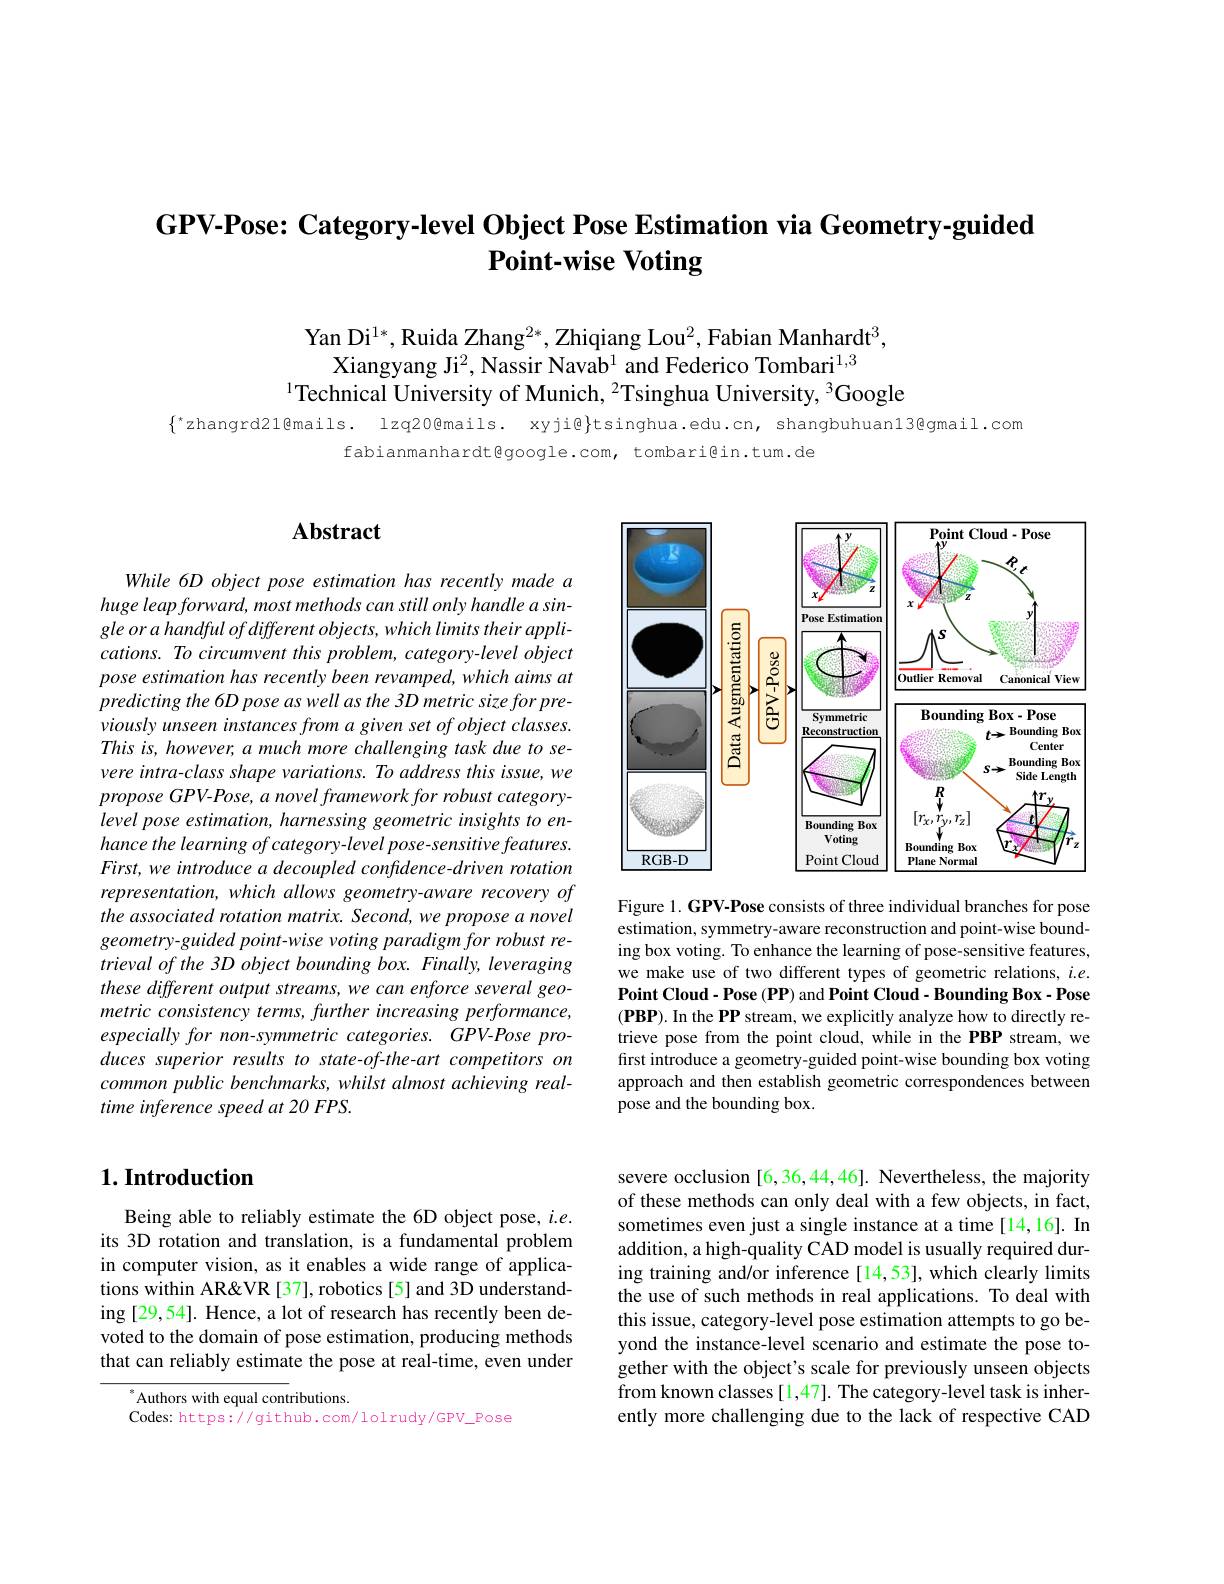
# GPV-Pose: Category-level Object Pose Estimation via Geometry-guided Point-wise Voting

Yan Di$^{1*}$,Ruida Zhang$^2*$,Zhiqiang Lou$^2$,Fabian Manhardt$^3$
Xiangyang Ji$^2$, Nassir Navab$^1$ and Federico Tombari$^{1,3}$
$^{1}$Technical University of Munich, $^2$Tsinghua University, $^3$Google

$\{^*$zhangrd21@mails. lzq20@mails. xyji@}tsinghua.edu.cn, shangbuhuan13@gmail.cor
fabianmanhardt@google.com, tombari@in.tum.de

# $\mathbf{Abstract}$

While 6D object pose estimation has recently made a huge leap forward, most methods can still only handle a sin- $gleorahandfulofdifferentobjects,whichlimitstheirappli-$ $cations.Tocircumventthisproblem,category-levelobject$ pose estimation has recently been revamped, which aims at predicting the 6D pose as well as the 3D metric size for previously unseen instances from a given set of object classes. This is, however, a much more challenging task due to severe intra-class shape variations. To address this issue, we propose GPV-Pose, a novel framework for robust categorylevel pose estimation, harnessing geometric insights to enhance the learning of category- level pose- sensitive features. First, we introduce a decoupled confidence-driven rotation representation, which allows geometry-aware recovery of the associated rotation matrix. Second,we propose a novel geometry- guided point- wise voting paradigm for robust retrieval of the 3D object bounding box. Finally, leveraging these different output streams, we can enforce several geometric consistency terms, further increasing performance, especially for non-symmetric categories. GPV-Pose produces superior results to state-of-the-art competitors on common public benchmarks, whilst almost achieving realtime inference speed at 20 FPS.

<FigureHere>

Figure 1. GPV-Pose consists of three individual branches for pose estimation, symmetry-aware reconstruction and point-wise bounding box voting. To enhance the learning of pose-sensitive features, we make use of two different types of geometric relations, $i.e.$ Point Cloud- Pose ( PP) and Point Cloud- Bounding Box- Pose $(\mathbf{PBP}).$ In the PP stream, we explicitly analyze how to directly retrieve pose from the point cloud, while in the PBP stream, we first introduce a geometry-guided point-wise bounding box voting approach and then establish geometric correspondences between pose and the bounding box.

# $1. \textbf{Introduction}$

Being able to reliably estimate the 6D object pose, $i.e.$ its 3D rotation and translation, is a fundamental problem in computer vision, as it enables a wide range of applications within AR&VR [37], robotics [5] and 3D understanding [29,54]. Hence, a lot of research has recently been devoted to the domain of pose estimation, producing methods that can reliably estimate the pose at real-time, even under

$^{*}{\mathrm{Authors~with~equal~contributions.}}$
Codes: https://github.com/lolrudy/GPV\_Pose

severe occlusion [6,36,44,46]. Nevertheless, the majority of these methods can only deal with a few objects, in fact, sometimes even just a single instance at a time[14,16]. In addition, a high-quality CAD model is usually required during training and/or inference [14,53], which clearly limits the use of such methods in real applications. To deal with this issue, category-level pose estimation attempts to go beyond the instance-level scenario and estimate the pose together with the object's scale for previously unseen objects from known classes [1,47]. The category-level task is inherently more challenging due to the lack of respective CAD